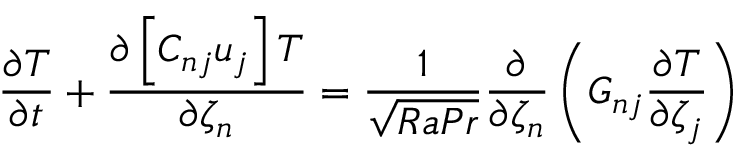
\frac { \partial T } { \partial t } + \frac { \partial \left[ C _ { n j } u _ { j } \right] T } { \partial \zeta _ { n } } = \frac { 1 } { \sqrt { R a P r } } \frac { \partial } { \partial \zeta _ { n } } \left( G _ { n j } \frac { \partial T } { \partial \zeta _ { j } } \right)